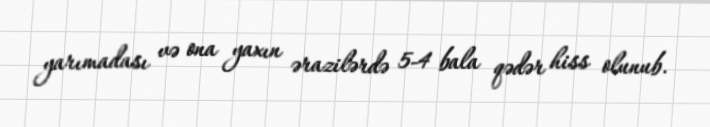
yarımadası və ona yaxın ərazilərdə 5-4 bala qədər hiss olunub.